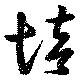
培